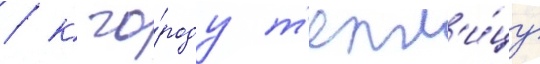
/ к го́роду т'епл'и́цу